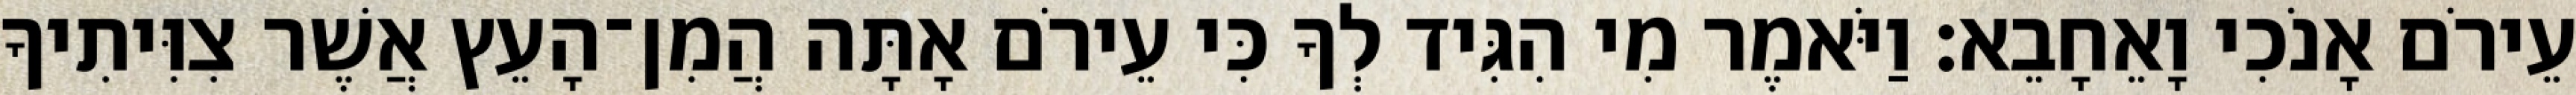
עֵירֹם אָנֹכִי וָאֵחָבֵא׃ וַיֹּאמֶר מִי הִגִּיד לְךָ כִּי עֵירֹם אָתָּה הֲמִן־הָעֵץ אֲשֶׁר צִוִּיתִיךָ